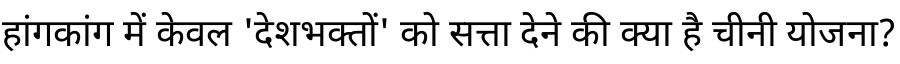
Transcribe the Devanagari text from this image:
हांगकांग में केवल 'देशभक्तों' को सत्ता देने की क्या है चीनी योजना?